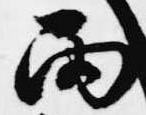
雨